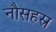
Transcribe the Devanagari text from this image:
नौसहस्र